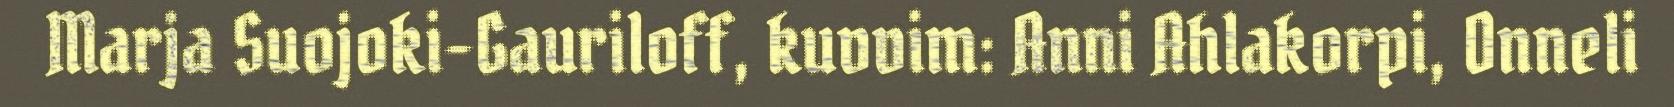
Marja Suojoki-Gauriloff, kuvvim: Anni Ahlakorpi, Onneli